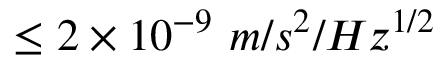
\leq 2 \times 1 0 ^ { - 9 } \ m / s ^ { 2 } / H z ^ { 1 / 2 }